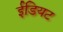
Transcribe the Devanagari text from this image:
ईडियट